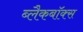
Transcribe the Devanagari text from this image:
ब्लैकबॉक्स